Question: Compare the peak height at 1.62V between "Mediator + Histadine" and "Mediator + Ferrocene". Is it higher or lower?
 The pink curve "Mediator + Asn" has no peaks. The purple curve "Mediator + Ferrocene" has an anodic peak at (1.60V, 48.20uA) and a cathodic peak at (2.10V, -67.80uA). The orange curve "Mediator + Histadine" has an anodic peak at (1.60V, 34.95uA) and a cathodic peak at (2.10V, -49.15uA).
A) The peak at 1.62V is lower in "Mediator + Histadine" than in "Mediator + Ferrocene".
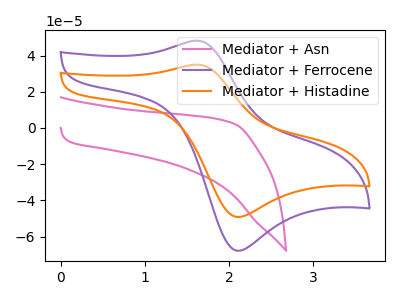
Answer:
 <answer>A) The peak at 1.62V is lower in "Mediator + Histadine" than in "Mediator + Ferrocene".</answer>
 <eval>A</eval>